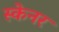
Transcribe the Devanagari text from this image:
स्‍केनर